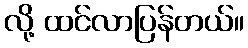
လို့ ထင်လာပြန်တယ်။